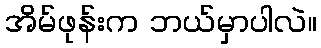
အိမ်ဖုန်းက ဘယ်မှာပါလဲ။